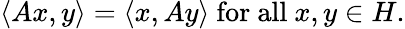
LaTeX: \langle Ax,y\rangle=\langle x,Ay\rangle{\mathrm{~for~all~}}x,y\in H.